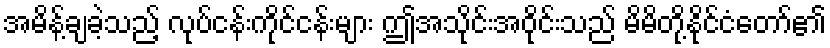
အမိန့်ချခဲ့သည့် လုပ်ငန်းကိုင်ငန်းများ ဤအသိုင်းအဝိုင်းသည် မိမိတို့နိုင်ငံတော်၏